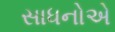
સાધનોએ